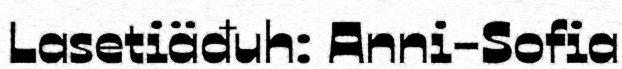
Lasetiäđuh: Anni-Sofia